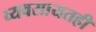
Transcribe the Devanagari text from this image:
व्यवसायतही